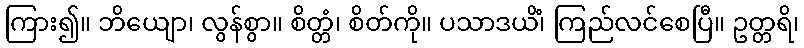
ကြား၍။ ဘိယျော၊ လွန်စွာ။ စိတ္တံ၊ စိတ်ကို။ ပသာဒယိံ၊ ကြည်လင်စေပြီ။ ဥတ္တရိ၊